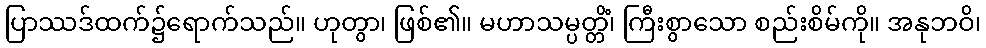
ပြာဿဒ်ထက်၌ရောက်သည်။ ဟုတွာ၊ ဖြစ်၏။ မဟာသမ္ပတ္တိံ၊ ကြီးစွာသော စည်းစိမ်ကို။ အနုဘဝိ၊